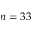
n = 3 3